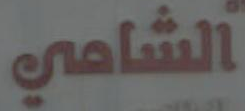
الشامي